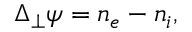
\begin{array} { r } { \Delta _ { \perp } \psi = n _ { e } - n _ { i } , } \end{array}